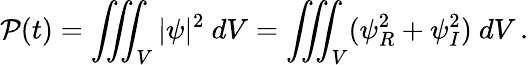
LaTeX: \mathcal P(t)=\iiint_{V}|\psi|^{2}\ dV=\iiint_{V}(\psi_{R}^{2}+\psi_{I}^{2})\ dV\, .